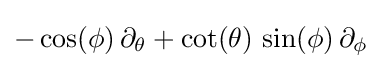
-\cos(\phi )\,\partial _{\theta }+\cot(\theta )\,\sin(\phi )\,\partial _{\phi }